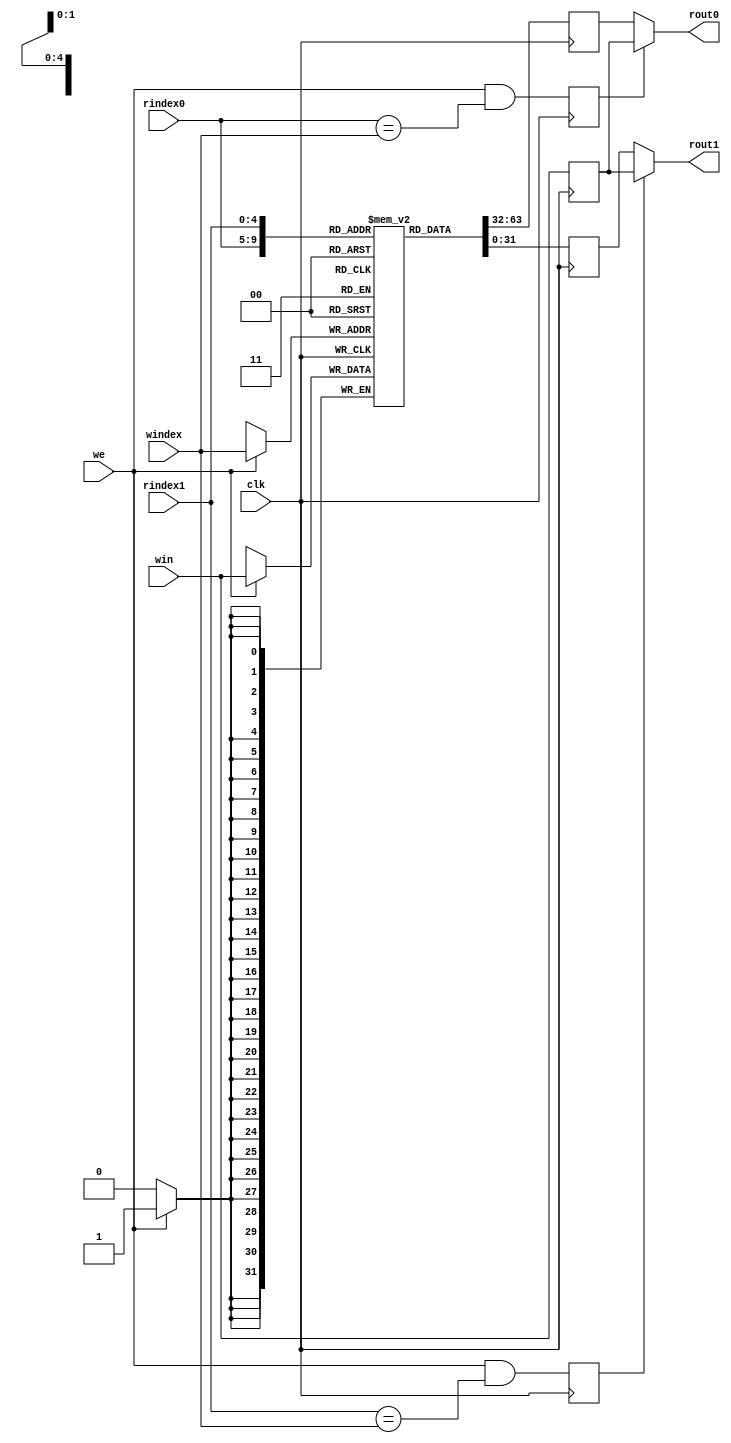
module regfile(clk, we, windex, win, rindex0, rout0, rindex1, rout1);

input wire clk, we;
input wire [4:0] windex, rindex0, rindex1;
input wire [31:0] win;
output wire [31:0] rout0, rout1;

reg [31:0] store[31:0];
reg rindex0_was_written, rindex1_was_written;
reg [31:0] win_d1;
reg [31:0] rout0_before_write, rout1_before_write;

assign rout0 = rindex0_was_written ? win_d1 : rout0_before_write;
assign rout1 = rindex1_was_written ? win_d1 : rout1_before_write;

integer i;

initial begin
    for(i = 0; i <= 31; i = i + 1) store[i] <= 0;
end

always @ (posedge clk) begin
    if(we) store[windex] <= win;
    rout0_before_write <= store[rindex0];
    rout1_before_write <= store[rindex1];
end

always @ (posedge clk) rindex0_was_written <= we && rindex0 == windex;
always @ (posedge clk) rindex1_was_written <= we && rindex1 == windex;
always @ (posedge clk) win_d1 <= win;
/*
always @ (posedge clk) begin
    if(we) begin
        $write("[%0d] ", $time);
        $write("Regwrite: %0d = %0d ", windex, win);
        if(rindex0 == windex) $write("Rs write: %0d = %0d ", rindex0, win);
        if(rindex1 == windex) $write("Rt write: %0d = %0d ", rindex1, win);
        $write("\n");
    end
end

always @ (negedge clk) begin
    $write("[%0d] ", $time);
    for(i = 0; i < 32; i = i + 1) $write("<%0d>: %0d, ", i, store[i]);
    $write("\n");
end
*/

endmodule